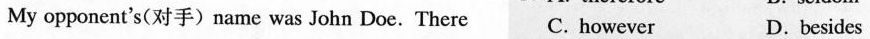
opponent's(对手)name was John Doe. There C. however D.besides